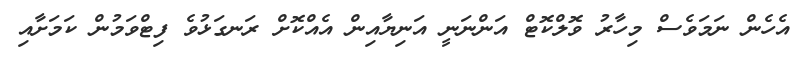
އެހެން ނަމަވެސް މިހާރު ވޮލްކޮޓް އަންނަނީ އަނިޔާއިން އެއްކޮށް ރަނގަޅުވެ ފިޓްވަމުން ކަމަށާއި